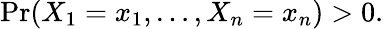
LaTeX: \operatorname*{Pr}(X_{1}=x_{1},\ldots,X_{n}=x_{n})>0.